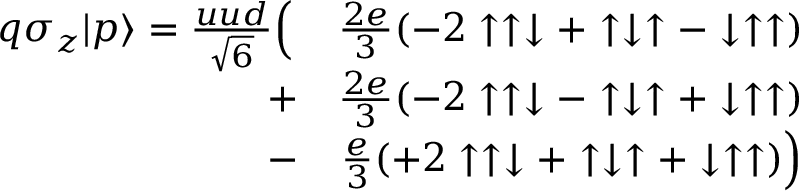
\begin{array} { r l r } { q \sigma _ { z } | p \rangle = { \frac { u u d } { \sqrt { 6 } } } \Big ( \! \! \! \! \! \! \! \! \! \! } & { } & { { \frac { 2 e } { 3 } } ( - 2 \uparrow \uparrow \downarrow + \uparrow \downarrow \uparrow - \downarrow \uparrow \uparrow ) } \\ & { + } & { { \frac { 2 e } { 3 } } ( - 2 \uparrow \uparrow \downarrow - \uparrow \downarrow \uparrow + \downarrow \uparrow \uparrow ) } \\ & { - } & { { \frac { e } { 3 } } ( + 2 \uparrow \uparrow \downarrow + \uparrow \downarrow \uparrow + \downarrow \uparrow \uparrow ) \Big ) } \end{array}